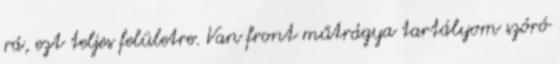
rá, ezt teljes felületre. Van front műtrágya tartályom szóró